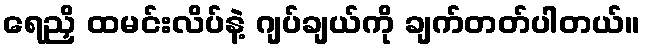
ရေညှိ ထမင်းလိပ်နဲ့ ဂျပ်ချယ်ကို ချက်တတ်ပါတယ်။